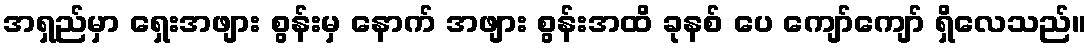
အရှည်မှာ ရှေးအဖျား စွန်းမှ နောက် အဖျား စွန်းအထိ ခုနစ် ပေ ကျော်ကျော် ရှိလေသည်။